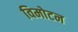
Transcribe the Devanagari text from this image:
विमोटन